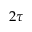
2 \tau